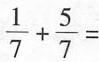
\frac{1}{7}+ \frac{5}{7}=